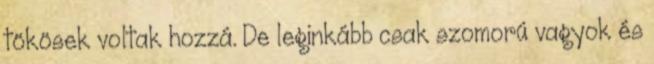
tökösek voltak hozzá. De leginkább csak szomorú vagyok és